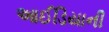
આઈડિયાની